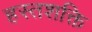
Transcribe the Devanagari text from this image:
हस्तशक्ति